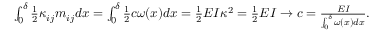
\begin{array} { r } { \int _ { 0 } ^ { \delta } \frac 1 2 \kappa _ { i j } m _ { i j } d x = \int _ { 0 } ^ { \delta } \frac 1 2 c \omega ( x ) d x = \frac 1 2 E I \kappa ^ { 2 } = \frac 1 2 E I \to c = \frac { E I } { \int _ { 0 } ^ { \delta } \omega ( x ) d x } . } \end{array}